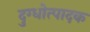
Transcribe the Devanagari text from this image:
दुग्धोत्पादक